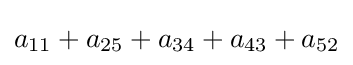
a_{11}+a_{25}+a_{34}+a_{43}+a_{52}